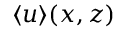
\langle u \rangle ( x , z )